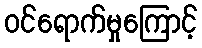
ဝင်ရောက်မှုကြောင့်